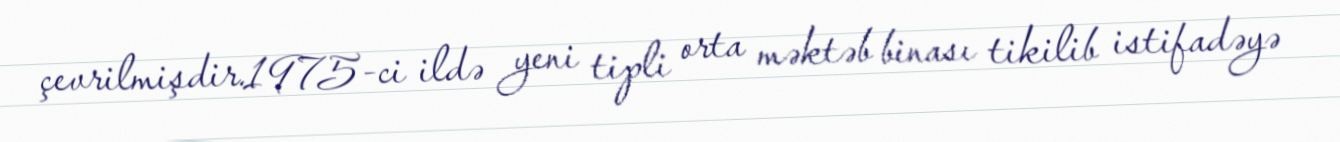
çevrilmişdir.1975-ci ildə yeni tipli orta məktəb binası tikilib istifadəyə